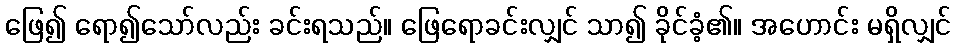
ဖြေ၍ ရော၍သော်လည်း ခင်းရသည်။ ဖြေရောခင်းလျှင် သာ၍ ခိုင်ခံ့၏။ အဟောင်း မရှိလျှင်